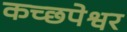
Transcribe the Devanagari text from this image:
कच्छपेश्वर